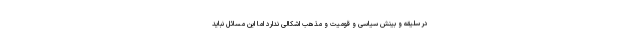
در سلیقه و بینش سیاسی و قومیت و مذهب اشکالی ندارد اما این مسائل نباید